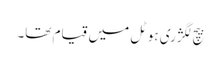
بیچ لگژری ہوٹل میں قیام تھا۔